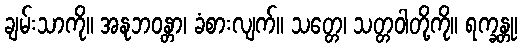
ချမ်းသာကို။ အနုဘဝန္တာ၊ ခံစားလျက်။ သတ္တေ၊ သတ္တဝါတို့ကို။ ရက္ခန္တု၊